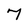
Character: 7